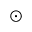
\odot